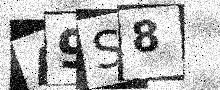
Text: A9S8